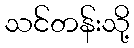
သင်တန်းသို့